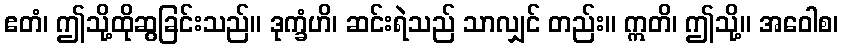
ဧတံ၊ ဤသို့ထိုဆွခြင်းသည်။ ဒုက္ခံဟိ၊ ဆင်းရဲသည် သာလျှင် တည်း။ ဣတိ၊ ဤသို့။ အဝေါစ၊